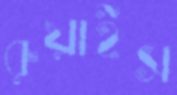
রুয়াইস